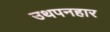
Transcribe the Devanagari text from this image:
उथपनहार